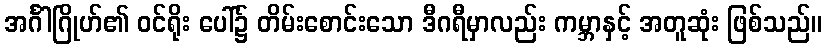
အင်္ဂါဂြိုဟ်၏ ဝင်ရိုး ပေါ်၌ တိမ်းစောင်းသော ဒီဂရီမှာလည်း ကမ္ဘာနှင့် အတူဆုံး ဖြစ်သည်။